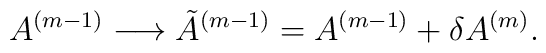
A^{(m-1)} \longrightarrow {\tilde{A}}^{(m-1)}=A^{(m-1)} + {\delta A^{(m)}}.